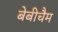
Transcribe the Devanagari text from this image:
बेबीचैम